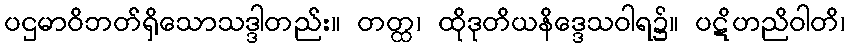
ပဌမာဝိဘတ်ရှိသောသဒ္ဒါတည်း။ တတ္ထ၊ ထိုဒုတိယနိဒ္ဒေသဝါရ၌။ ပဋိဟညိဝါတိ၊